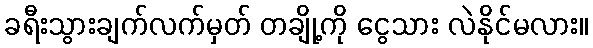
ခရီးသွားချက်လက်မှတ် တချို့ကို ငွေသား လဲနိုင်မလား။